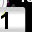
Digit: 1